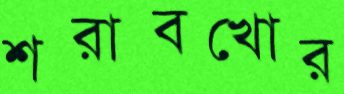
শরাবখোর